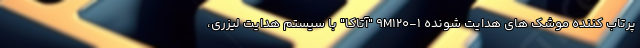
پرتاب کننده موشک های هدایت شونده 9M120-1 "آتاکا" با سیستم هدایت لیزری،